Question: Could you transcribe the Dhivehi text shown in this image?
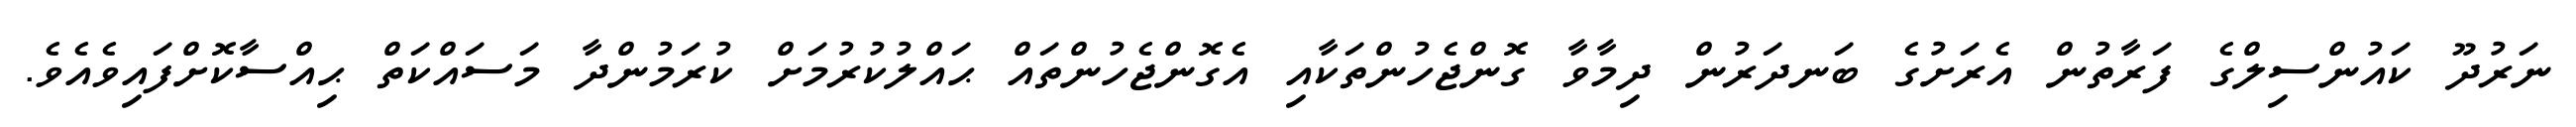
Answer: ނަރުދޫ ކައުންސިލްގެ ފަރާތުން އެރަށުގެ ބަނދަރުން ދިމާވާ ގޮންޖެހުންތަކާއި އެގޮންޖެހުންތައް ޙައްލުކުރުމަށް ކުރަމުންދާ މަސައްކަތް ޙިއްސާކޮށްފައިވެއެވެ.